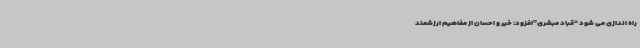
راه ‌اندازی می ‌شود “قباد مبشری”افزود: خیر و احسان از مفاهیم ارزشمند